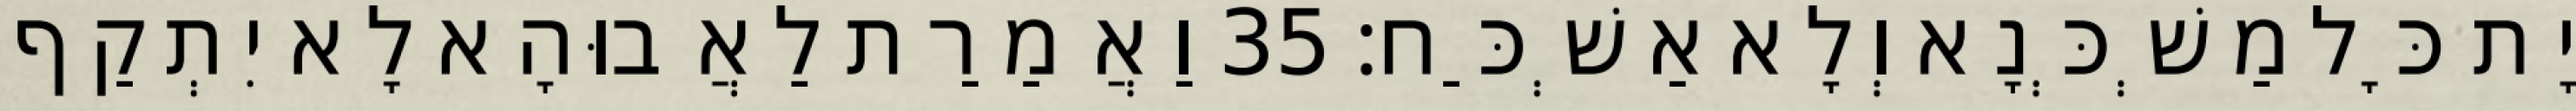
יָת כָּל מַשְׁכְּנָא וְלָא אַשְׁכַּח׃ 35 וַאֲמַרַת לַאֲבוּהָא לָא יִתְקַף